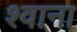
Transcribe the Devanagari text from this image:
श्वाना